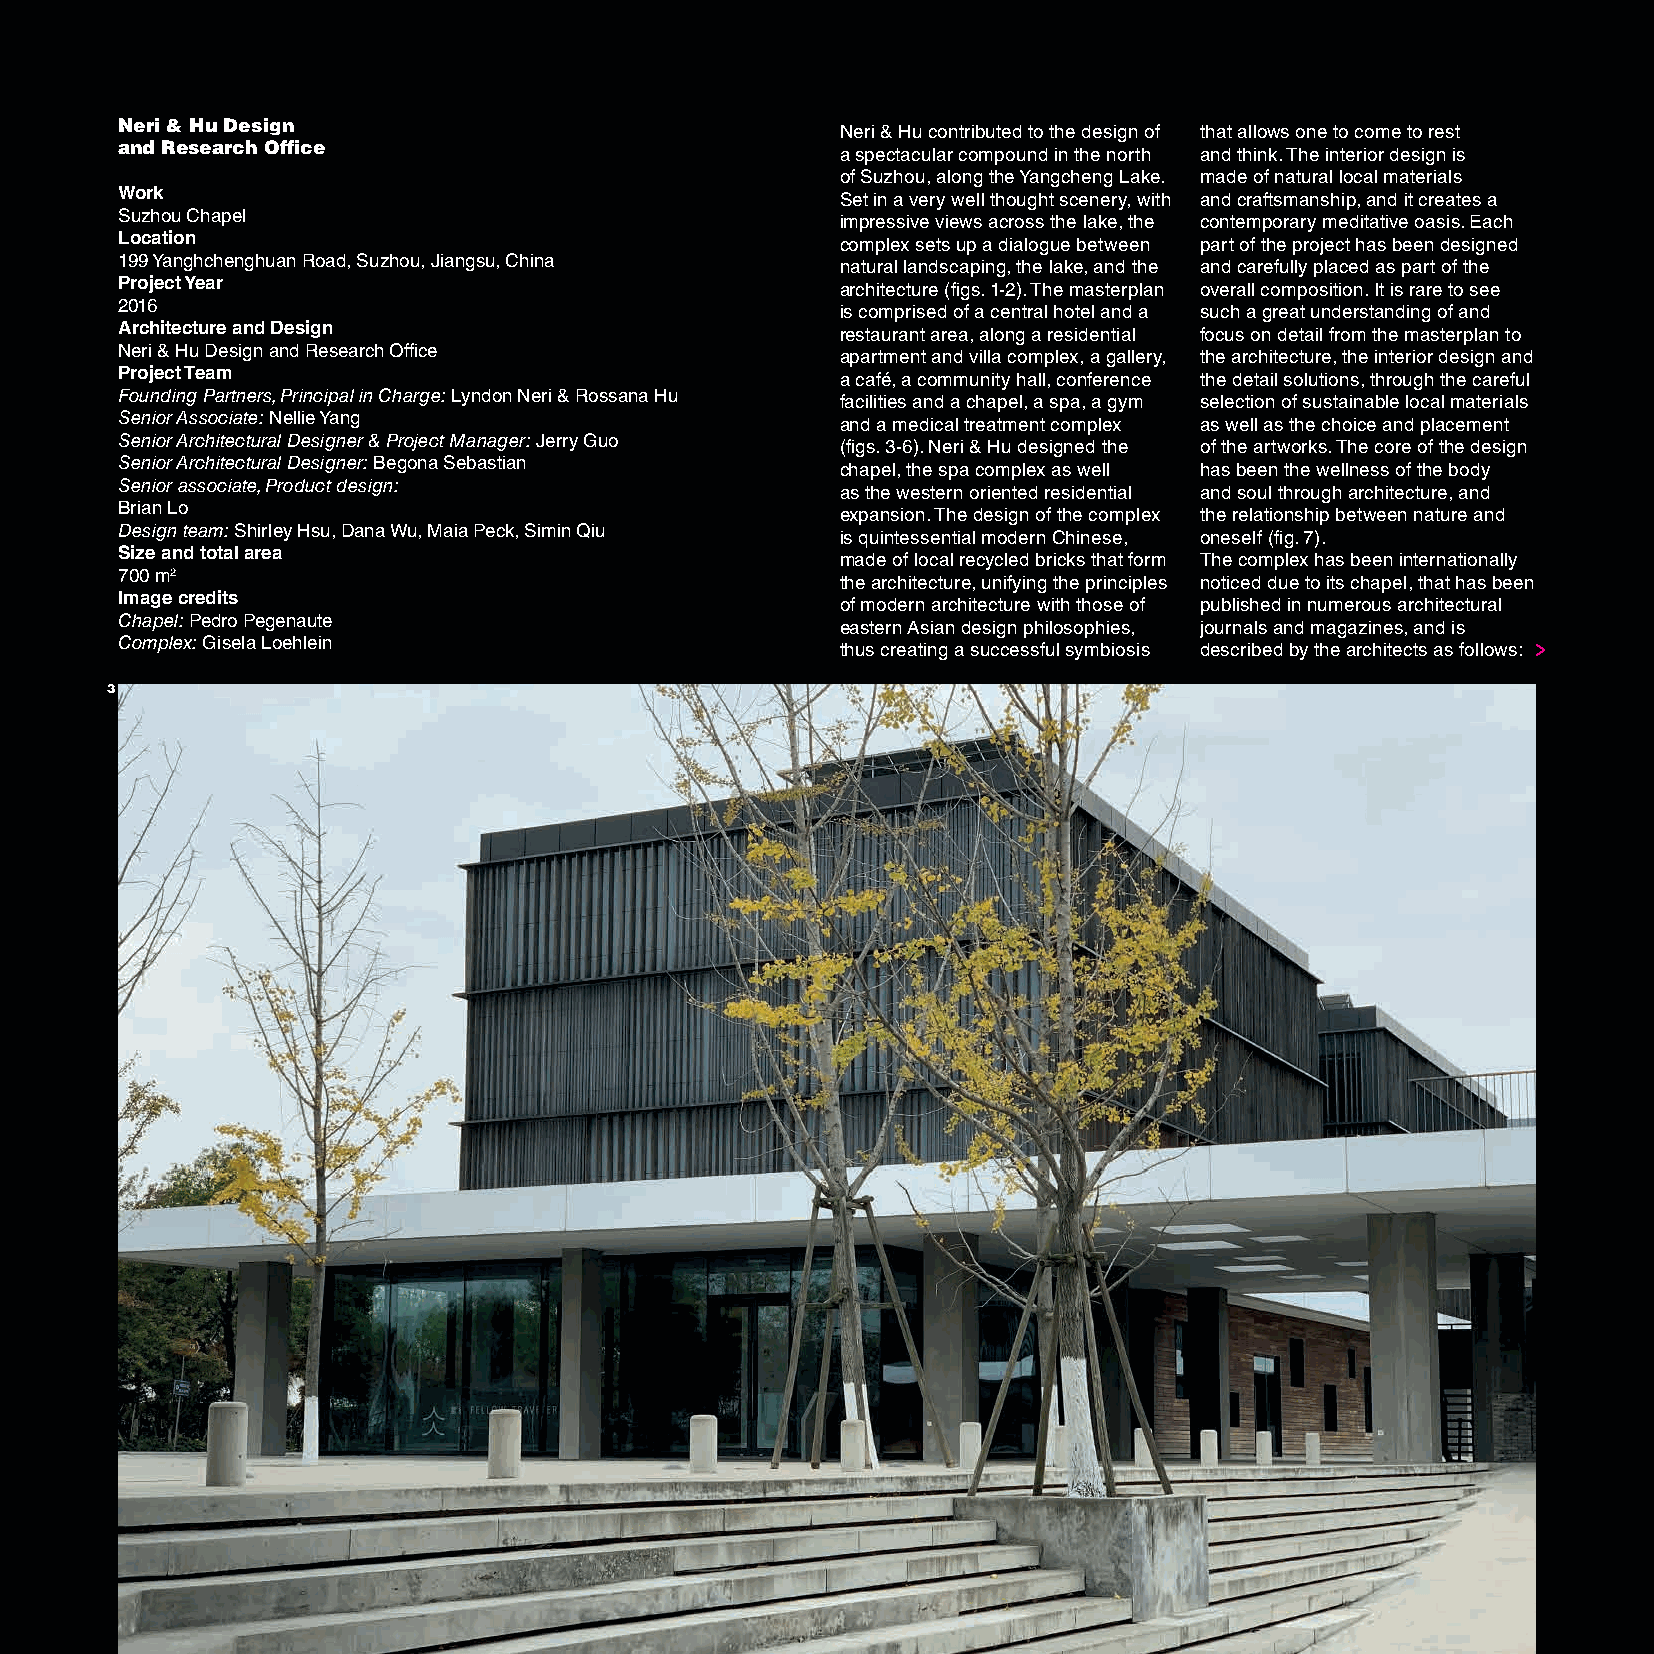
Neri & Hu Design
 Neri & Hu contributed to the design of that allows one to come to rest
 and Research Office
 a spectacular compound in the north and think. The interior design is
 of Suzhou, along the Yangcheng Lake. made of natural local materials
 Work
 Set in a very well thought scenery, with and craftsmanship, and it creates a
 Suzhou Chapel
 impressive views across the lake, the contemporary meditative oasis. Each
 Location
 complex sets up a dialogue between part of the project has been designed
 199 Yanghchenghuan Road, Suzhou, Jiangsu, China
 natural landscaping, the lake, and the and carefully placed as part of the
 Project Year
 architecture (figs. 1-2). The masterplan overall composition. It is rare to see
 2016
 is comprised of a central hotel and a such a great understanding of and
 Architecture and Design
 restaurant area, along a residential focus on detail from the masterplan to
 Neri & Hu Design and Research Office
 apartment and villa complex, a gallery, the architecture, the interior design and
 Project Team
 a café, a community hall, conference the detail solutions, through the careful
 Founding Partners, Principal in Charge: Lyndon Neri & Rossana Hu
 facilities and a chapel, a spa, a gym selection of sustainable local materials
 Senior Associate: Nellie Yang
 and a medical treatment complex as well as the choice and placement
 Senior Architectural Designer & Project Manager: Jerry Guo
 (figs. 3-6). Neri & Hu designed the of the artworks. The core of the design
 Senior Architectural Designer: Begona Sebastian
 chapel, the spa complex as well has been the wellness of the body
 Senior associate, Product design:
 as the western oriented residential and soul through architecture, and
 Brian Lo
 expansion. The design of the complex the relationship between nature and
 Design team: Shirley Hsu, Dana Wu, Maia Peck, Simin Qiu
 is quintessential modern Chinese, oneself (fig. 7).
 Size and total area
 made of local recycled bricks that form The complex has been internationally
 700 m2
 the architecture, unifying the principles noticed due to its chapel, that has been
 Image credits
 of modern architecture with those of published in numerous architectural
 Chapel: Pedro Pegenaute
 eastern Asian design philosophies, journals and magazines, and is
 Complex: Gisela Loehlein
 thus creating a successful symbiosis described by the architects as follows:
 3